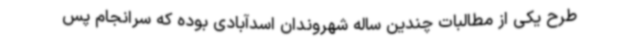
طرح یکی از مطالبات چندین ساله شهروندان اسدآبادی بوده که سرانجام پس